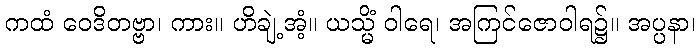
ကထံ ဝေဒိတဗ္ဗာ၊ ကား။ ဟိချဲ့အံ့။ ယသ္မိံ ဝါရေ၊ အကြင်ဇောဝါရ၌။ အပ္ပနာ၊